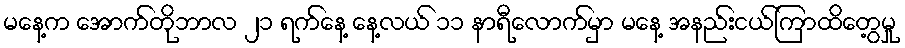
မနေ့က အောက်တိုဘာလ ၂၁ ရက်နေ့ နေ့လယ် ၁၁ နာရီလောက်မှာ မနေ့ အနည်းငယ်ကြာထိတွေ့မှု